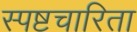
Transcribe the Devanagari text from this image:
स्पष्टचारिता